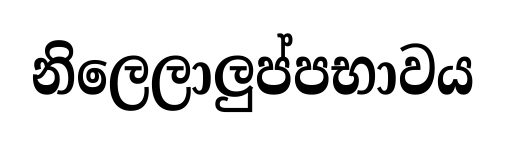
නිලෙලාලුප්පභාවය